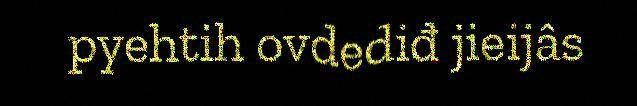
pyehtih ovdediđ jieijâs